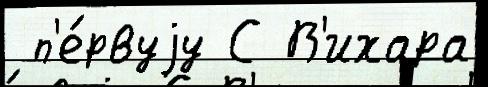
 п'е́рвуjу С В'ихара